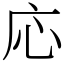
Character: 応